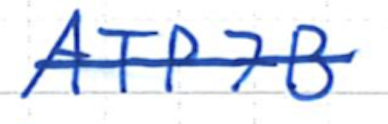
Text: ATP7B
Cross-out: mix
Writing tool: ballpoint